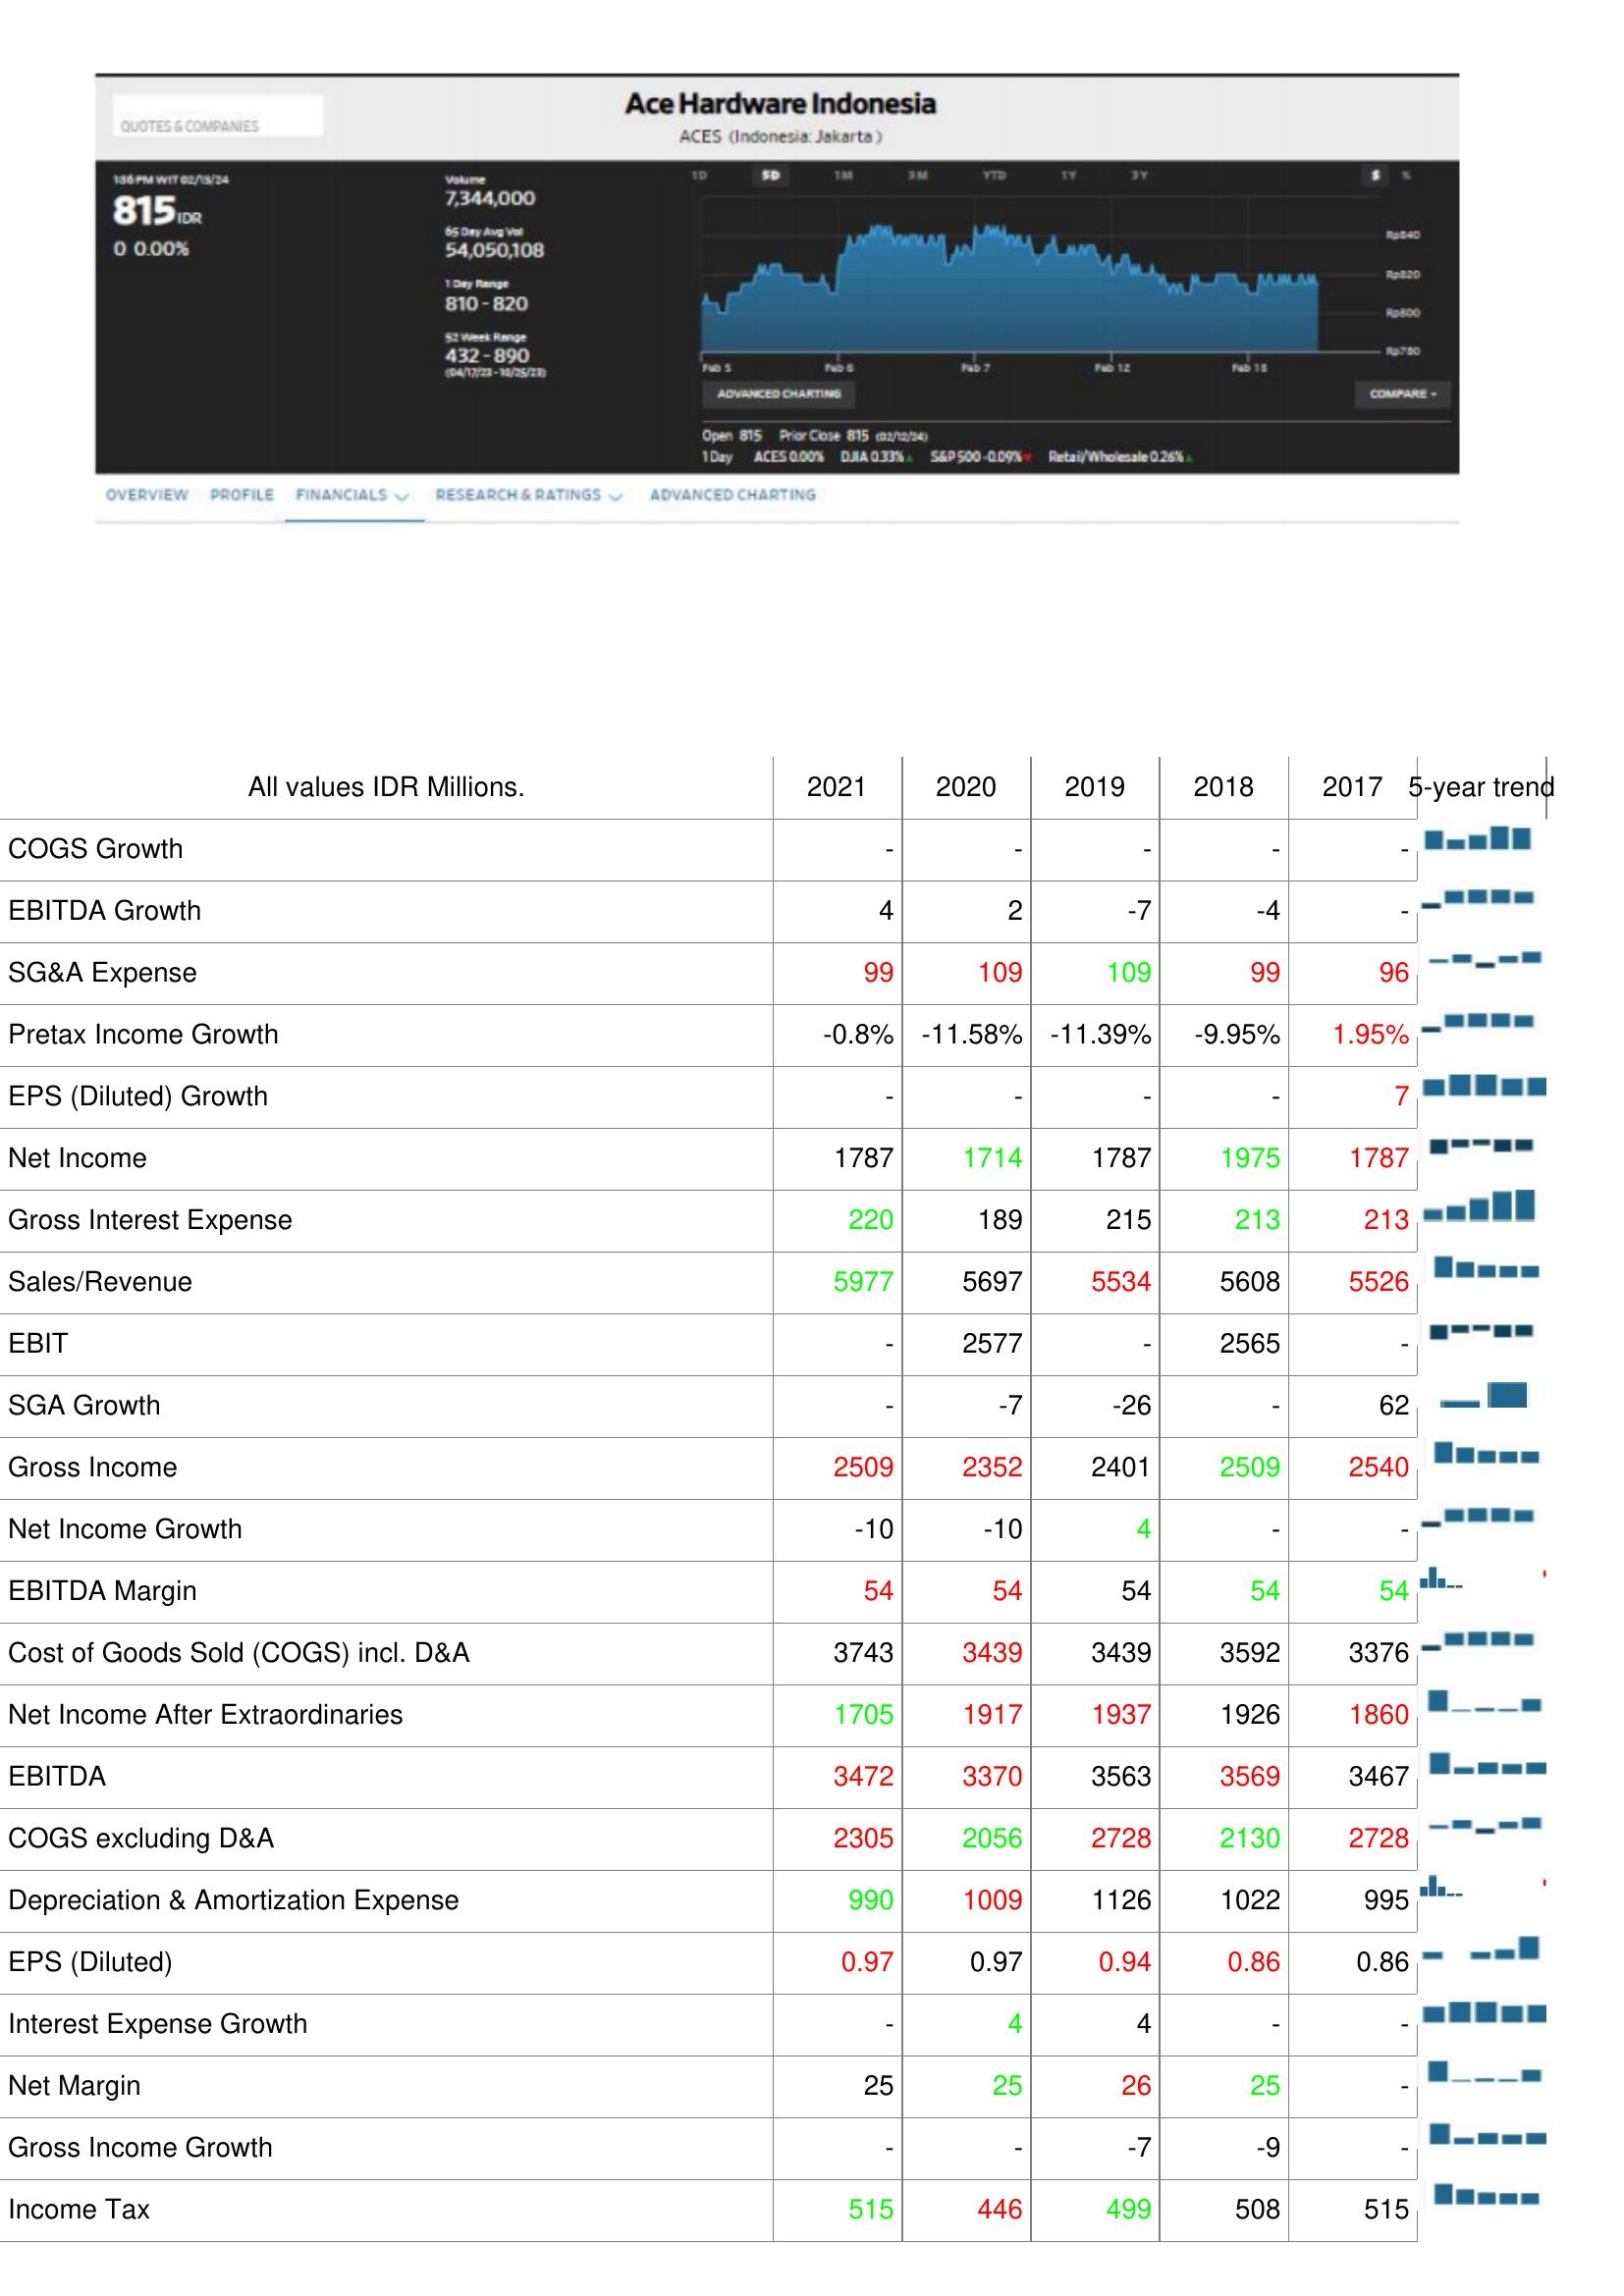
2021: : COGS Growth: -
EBITDA Growth: 4
SG&A Expense: 99
Pretax Income Growth: -0.8%
EPS (Diluted) Growth: -
Net Income: 1787
Gross Interest Expense: 220
Sales/Revenue: 5977
EBIT: -
SGA Growth: -
Gross Income: 2509
Net Income Growth: -10
EBITDA Margin: 54
Cost of Goods Sold (COGS) incl. D&A: 3743
Net Income After Extraordinaries: 1705
EBITDA: 3472
COGS excluding D&A: 2305
Depreciation & Amortization Expense: 990
EPS (Diluted): 0.97
Interest Expense Growth: -
Net Margin: 25
Gross Income Growth: -
Income Tax: 515
2020: : COGS Growth: -
EBITDA Growth: 2
SG&A Expense: 109
Pretax Income Growth: -11.58%
EPS (Diluted) Growth: -
Net Income: 1714
Gross Interest Expense: 189
Sales/Revenue: 5697
EBIT: 2577
SGA Growth: -7
Gross Income: 2352
Net Income Growth: -10
EBITDA Margin: 54
Cost of Goods Sold (COGS) incl. D&A: 3439
Net Income After Extraordinaries: 1917
EBITDA: 3370
COGS excluding D&A: 2056
Depreciation & Amortization Expense: 1009
EPS (Diluted): 0.97
Interest Expense Growth: 4
Net Margin: 25
Gross Income Growth: -
Income Tax: 446
2019: : COGS Growth: -
EBITDA Growth: -7
SG&A Expense: 109
Pretax Income Growth: -11.39%
EPS (Diluted) Growth: -
Net Income: 1787
Gross Interest Expense: 215
Sales/Revenue: 5534
EBIT: -
SGA Growth: -26
Gross Income: 2401
Net Income Growth: 4
EBITDA Margin: 54
Cost of Goods Sold (COGS) incl. D&A: 3439
Net Income After Extraordinaries: 1937
EBITDA: 3563
COGS excluding D&A: 2728
Depreciation & Amortization Expense: 1126
EPS (Diluted): 0.94
Interest Expense Growth: 4
Net Margin: 26
Gross Income Growth: -7
Income Tax: 499
2018: : COGS Growth: -
EBITDA Growth: -4
SG&A Expense: 99
Pretax Income Growth: -9.95%
EPS (Diluted) Growth: -
Net Income: 1975
Gross Interest Expense: 213
Sales/Revenue: 5608
EBIT: 2565
SGA Growth: -
Gross Income: 2509
Net Income Growth: -
EBITDA Margin: 54
Cost of Goods Sold (COGS) incl. D&A: 3592
Net Income After Extraordinaries: 1926
EBITDA: 3569
COGS excluding D&A: 2130
Depreciation & Amortization Expense: 1022
EPS (Diluted): 0.86
Interest Expense Growth: -
Net Margin: 25
Gross Income Growth: -9
Income Tax: 508
2017: : COGS Growth: -
EBITDA Growth: -
SG&A Expense: 96
Pretax Income Growth: 1.95%
EPS (Diluted) Growth: 7
Net Income: 1787
Gross Interest Expense: 213
Sales/Revenue: 5526
EBIT: -
SGA Growth: 62
Gross Income: 2540
Net Income Growth: -
EBITDA Margin: 54
Cost of Goods Sold (COGS) incl. D&A: 3376
Net Income After Extraordinaries: 1860
EBITDA: 3467
COGS excluding D&A: 2728
Depreciation & Amortization Expense: 995
EPS (Diluted): 0.86
Interest Expense Growth: -
Net Margin: -
Gross Income Growth: -
Income Tax: 515